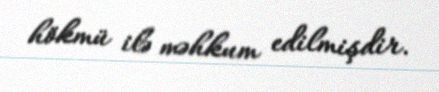
hökmü ilə məhkum edilmişdir.